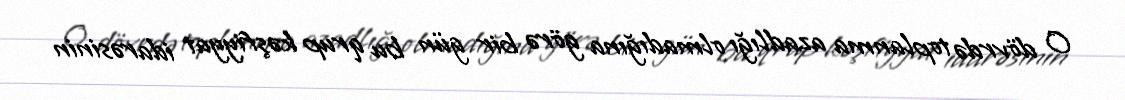
O dövrdə toplanma azadlığı olmadığına görə bir gün bu qrup kəşfiyyat idarəsinin